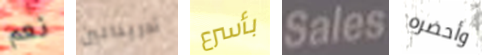
نعم أدرينالين بأسرع Sales وأحضره